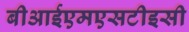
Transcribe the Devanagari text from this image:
बीआईएमएसटीइसी